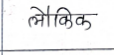
मजकूर: लौकिक